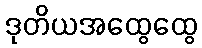
ဒုတိယအထွေထွေ